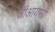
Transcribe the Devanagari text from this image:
जीआयसी